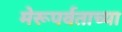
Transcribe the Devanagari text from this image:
मेरूपर्वताच्या